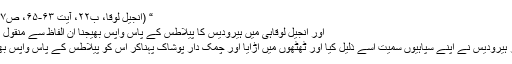
“ (انجیل لوقا، ب۲۲، آیت ۶۳-۶۵، ص۲۲۷)
اور انجیل لوقاہی میں ہیرودیس کا پیلاطُس کے پاس واپس بھیجنا ان الفاظ سے منقول ہے:
”پھر ہیرودیس نے اپنے سپاہیوں سمیت اُسے ذلیل کیا اور ٹھٹھوں میں اڑایا اور چمک دار پوشاک پہناکر اس کو پیلاطس کے پاس واپس بھیجا۔